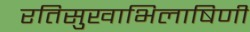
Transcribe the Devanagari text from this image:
रतिसुखाभिलाषिणी